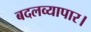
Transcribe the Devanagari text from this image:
बदलव्यापार।